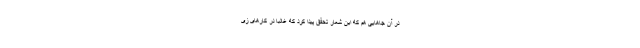
در آن جاهایی هم که این شعار تحقّق پیدا کرد که غالباً در کارهای زی